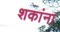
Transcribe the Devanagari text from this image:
शकांना